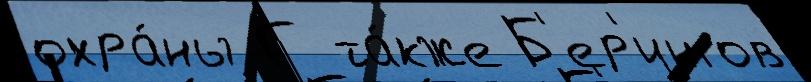
охра́ны Г та́кже Б'ер'ингов